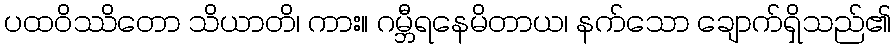
ပထဝိဿိတော သိယာတိ၊ ကား။ ဂမ္ဘီရနေမိတာယ၊ နက်သော ချောက်ရှိသည်၏